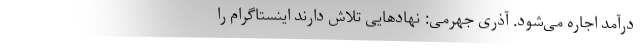
درآمد اجاره می‌شود. آذری جهرمی: نهادهایی تلاش دارند اینستاگرام را